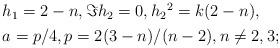
LaTeX: \begin{align*}\begin{aligned}&h_1=2-n,\Im h_2=0,h_2{}^2=k(2-n),\\&a=p/4,p=2(3-n)/(n-2),n\neq 2,3 ;\end{aligned}\end{align*}